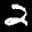
Label: 2